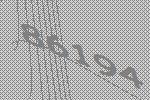
86194